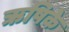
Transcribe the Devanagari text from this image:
ऋषिके